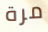
مرة